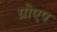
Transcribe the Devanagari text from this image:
ग्रोएप